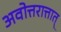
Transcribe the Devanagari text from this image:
अवोत्तरात्तात्